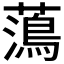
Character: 𮒒